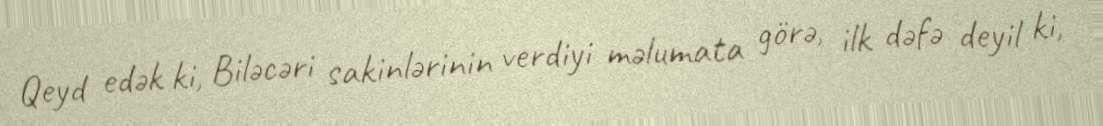
Qeyd edək ki, Biləcəri sakinlərinin verdiyi məlumata görə, ilk dəfə deyil ki,